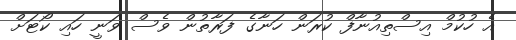
އެ ހުކުމް އިސްތިއުނާފް ކުރަން ހަނާގެ ފަރާތުން ވެސް ވަނީ ހައި ކޯޓަށް